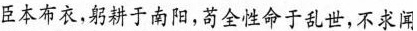
臣本布衣，躬耕于南阳，苟全性命于乱世，不求闻